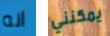
انه يمكنني